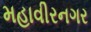
મહાવીરનગર